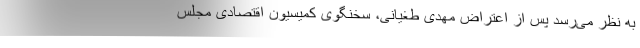
به نظر می‌رسد پس از اعتراض مهدی طغیانی، سخنگوی کمیسیون اقتصادی مجلس